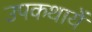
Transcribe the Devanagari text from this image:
उपकथायें